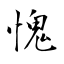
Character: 愧